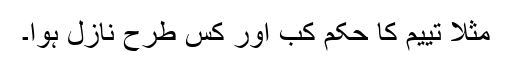
مثلاً تییم کا حکم کب اور کس طرح نازل ہوا۔